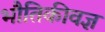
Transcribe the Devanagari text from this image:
भौतिकीवज्ञ